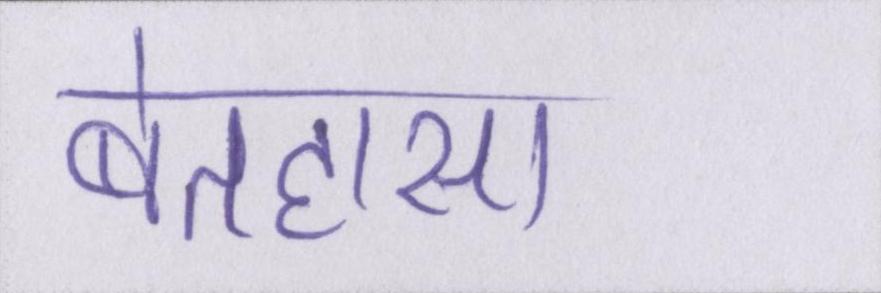
बेतहासा